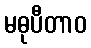
မဓုပီတာဝ